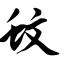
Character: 蚊